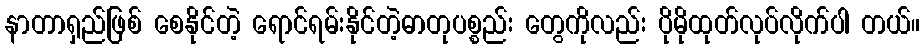
နာတာရှည်ဖြစ် စေနိုင်တဲ့ ရောင်ရမ်းနိုင်တဲ့ဓာတုပစ္စည်း တွေကိုလည်း ပိုမိုထုတ်လုပ်လိုက်ပါ တယ်။